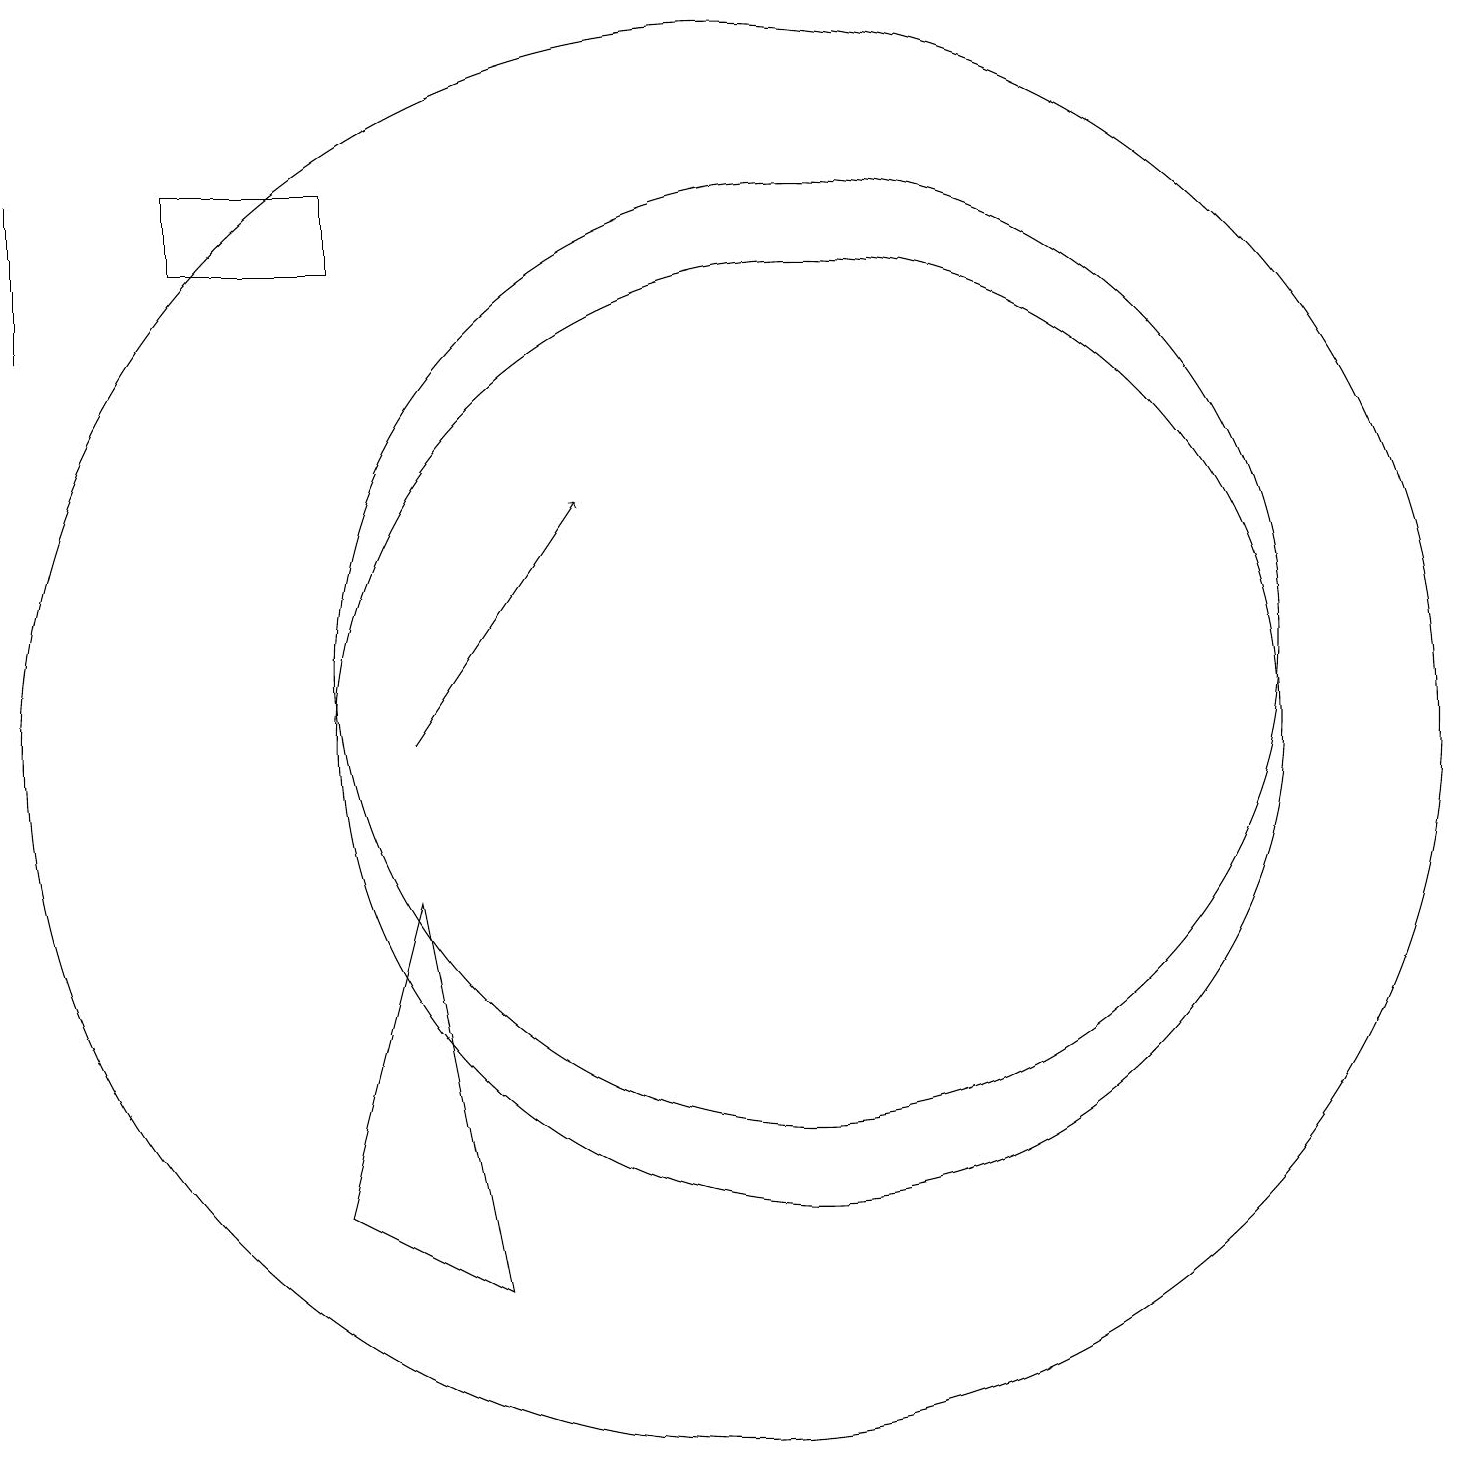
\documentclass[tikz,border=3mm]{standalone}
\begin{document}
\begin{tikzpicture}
\draw (1,18) rectangle (1,16);
\draw (11,12) circle (6);
\draw[->] (6,11) -- (8,14);
\draw (10,11) circle (9);
\draw (11,11) circle (6);
\draw (5,17) rectangle (3,18);
\draw (6,9) -- (7,4) -- (5,5) -- cycle;
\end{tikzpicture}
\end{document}